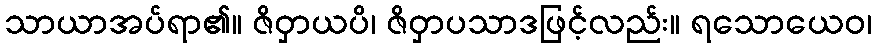
သာယာအပ်ရာ၏။ ဇိဝှာယပိ၊ ဇိဝှာပသာဒဖြင့်လည်း။ ရသောယေဝ၊